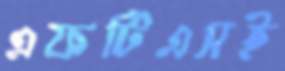
এফটিএসই